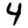
Digit: 4